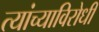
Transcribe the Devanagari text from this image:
त्यांच्याविरोधी